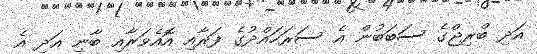
އަދި ބްރިޖްގެ ސަބަބުން އެ ސަރަހައްދުގެ ފަރާއި އޮއެވަރާއި ބާނި އަދި އެ